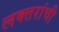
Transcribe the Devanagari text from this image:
लक्‍तरांची